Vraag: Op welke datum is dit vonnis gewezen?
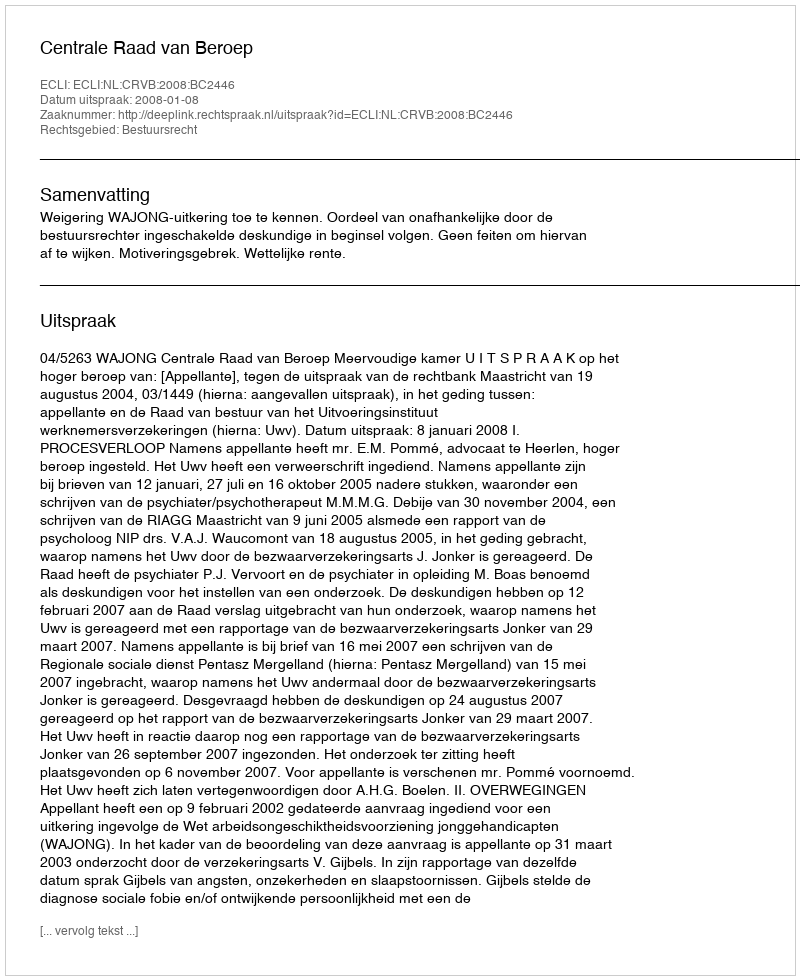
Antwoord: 2008-01-08